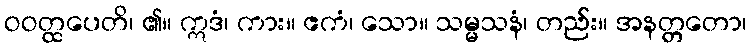
ဝဝတ္ထပေတိ၊ ၏။ ဣဒံ၊ ကား။ ဧကံ၊ သော။ သမ္မသနံ၊ တည်း။ အနတ္တတော၊